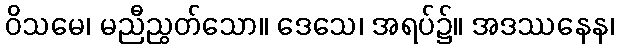
ဝိသမေ၊ မညီညွတ်သော။ ဒေသေ၊ အရပ်၌။ အဒဿနေန၊